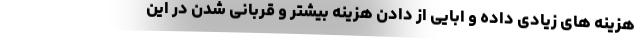
هزینه های زیادی داده و ابایی از دادن هزینه بیشتر و قربانی شدن در این